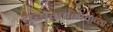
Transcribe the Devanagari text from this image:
पुरोगामित्वाच्या